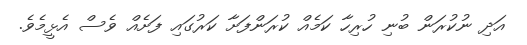
އަދި ނުކުރަން ބުނި ހުރިހާ ކަމެއް ކުރަންފަށާ ކަރުގައި ފަށެއް ވެސް އެޅީމެވެ.